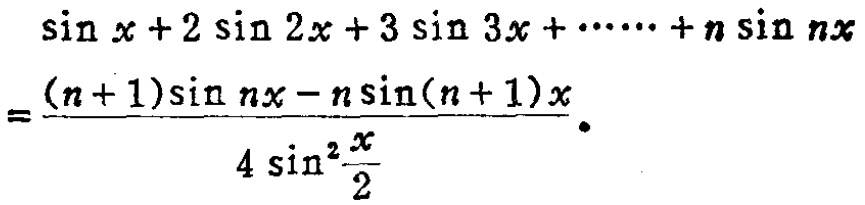
\[\sin x + 2\sin 2x + 3\sin 3x + \cdots + n\sin nx=\frac{(n + 1)\sin nx - n\sin(n + 1)x}{4\sin^{2}\frac{x}{2}}\]